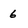
Character: 6